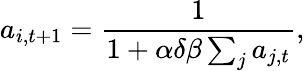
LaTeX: a_{i,t+1}=\frac{1}{1+\alpha\delta\beta\sum_{j}a_{j,t}},